On the morphology, teratology, and diclinism of the flowers of cannabis - Number 12
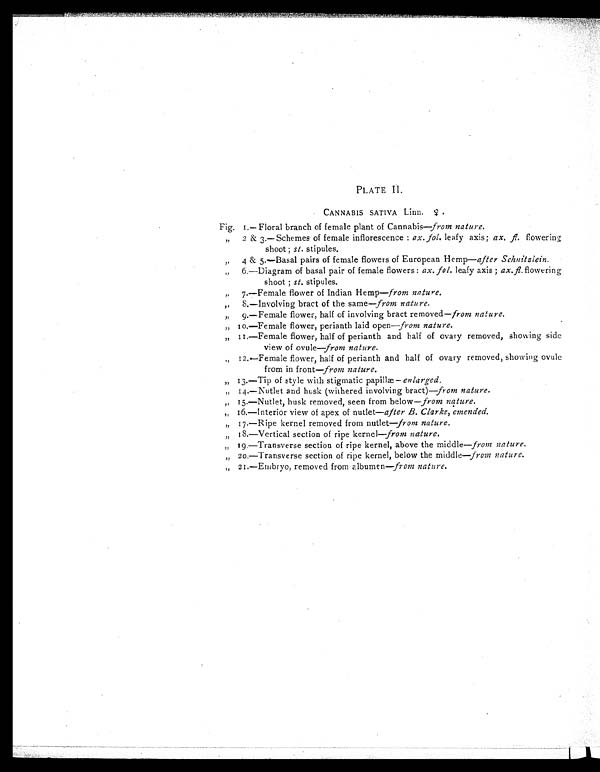
PLATE II.
CANNABIS SATIVA Linn. ♀ .
Fig. 1.— Floral branch of female plant of Cannabis—from nature.
„
2 & 3.—Schemes of female inflorescence : ax. fol. leafy axis; ax. fl. flowering
shoot; st. stipules.
„
4 & 5.—Basal pairs of female flowers of European Hemp— after Schnitzlein.
„ 6.—Diagram of basal pair of female flowers: ax. fol. leafy axis; ax.fl. flowering
shoot; st. stipules.
„
7.—Female flower of Indian Hemp— from nature.
„
8.—Involving bract of the same—from nature.
„ 9.—Female flower, half of involving bract removed— from nature.
„
10.—Female flower, perianth laid open—from nature.
„ 11.—Female flower, half of perianth and half of ovary removed, showing side
view of ovule—from nature.
„ 12.—Female flower, half of perianth and half of ovary removed, showing ovule
from in front—from nature.
„ 13.—Tip of style with stigmatic papillæ—enlarged.
„ 14.—Nutlet and husk (withered involving bract)—from nature.
„ 15.—Nutlet, husk removed, seen from below— from nature.
„ 16.—Interior view of apex of nutlet—after B. Clarke, emended.
„ 17.—Ripe kernel removed from nutlet—from nature.
„ 18.—Vertical section of ripe kernel—from nature.
„ 19.—Transverse section of ripe kernel, above the middle—from nature.
„ 20.—Transverse section of ripe kernel, below the middle—from nature.
„ 21.—Embryo, removed from albumen—from nature.